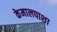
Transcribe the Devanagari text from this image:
केमालपाशा